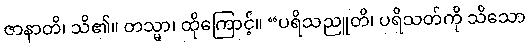
ဇာနာတိ၊ သိ၏။ တသ္မာ၊ ထိုကြောင့်။ “ပရိသညူတိ၊ ပရိသတ်ကို သိသော